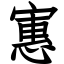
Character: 寭